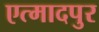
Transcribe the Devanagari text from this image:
एत्मादपुर